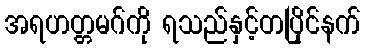
အရဟတ္တမဂ်ကို ရသည်နှင့်တပြိုင်နက်